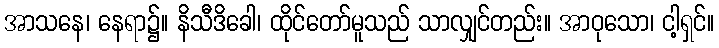
အာသနေ၊ နေရာ၌။ နိသီဒိခေါ၊ ထိုင်တော်မူသည် သာလျှင်တည်း။ အာဝုသော၊ ငါ့ရှင်။